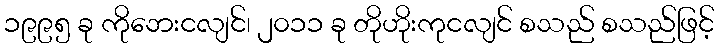
၁၉၉၅ ခု ကိုဘေးငလျင်၊ ၂၀၁၁ ခု တိုဟိုးကုငလျင် စသည် စသည်ဖြင့်